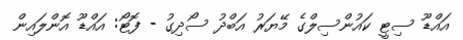
އައްޑޫ ސިޓީ ކައުންސިލްގެ މޭޔަރު އަބްދު ސޯދިގު - ފޮޓޯ: އައްޑޫ އޮންލައިން